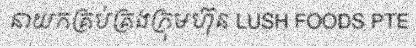
នាយកគ្រប់គ្រងក្រុមហ៊ុន LUSH FOODS PTE